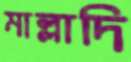
মাল্লাদি